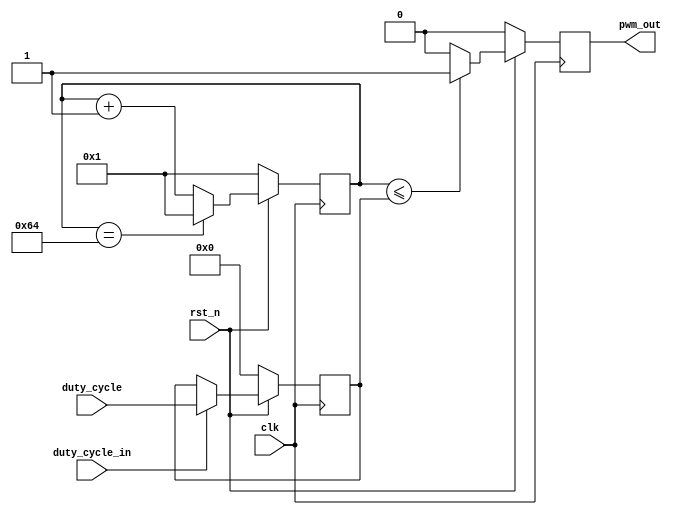
`timescale 1ns / 1ps
//////////////////////////////////////////////////////////////////////////////////
// Company: 
// Engineer: 
// 
// Design Name: 
// Module Name: customPWM
// Project Name: 
// Target Devices: 
// Tool Versions: 
// Description: 
// 
// Dependencies: 
// 
// Revision:
// Revision 0.01 - File Created
// Additional Comments:
// 
//////////////////////////////////////////////////////////////////////////////////


module customPWM(
    input clk,
    input rst_n,
    input duty_cycle_in,
    input [6:0] duty_cycle, //we take in duty cycles between 0-100% (0% <-> pwm_out = 1 0% of the time; 100% <-> pwm_out = 1 100% of the time)
    output reg pwm_out
    );
    
    reg [6:0] duty_cycle_reg;
    reg [6:0] count;
    //updating the duty_cycle
    always@(posedge clk)
    begin
    if(rst_n == 0)
      duty_cycle_reg <= 0;
    else
       if(duty_cycle_in)
         duty_cycle_reg <= duty_cycle;
    end
    
    //counter
    always@(posedge clk)
    begin
    if(rst_n == 0)
     begin
      count <= 1;
      pwm_out <= 0;
     end 
    else
     begin
       if(count == 100) //counting from 1 to 100
          count <= 1;
       else
          count <= count + 1; 
          
        if(count <= duty_cycle_reg)  
              pwm_out <= 1;            
        else
              pwm_out <= 0;
            
      end   
    end
    
    
endmodule